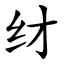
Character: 䌶